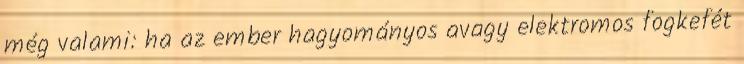
még valami: ha az ember hagyományos avagy elektromos fogkefét